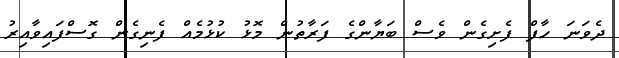
ދެވަނަ ހާފް ފެށިގެން ވެސް ބަޔާންގެ ފަރާތުން މޮޅު ކުޅުމެއް ފެނިގެން ގޮސްފައިވާއިރު